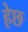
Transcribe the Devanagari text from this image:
हेछ